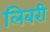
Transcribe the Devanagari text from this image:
लिबरी